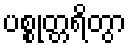
ပစ္စုတ္တရိတွာ